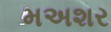
મઅશર